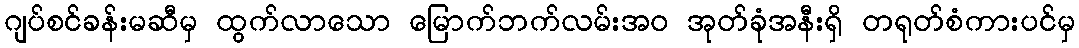
ဂျပ်စင်ခန်းမဆီမှ ထွက်လာသော မြောက်ဘက်လမ်းအဝ အုတ်ခုံအနီးရှိ တရုတ်စံကားပင်မှ